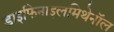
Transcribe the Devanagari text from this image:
डाइफिनाइलमिथेनॉल